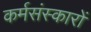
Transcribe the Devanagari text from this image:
कर्मसंस्कारों